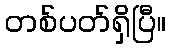
တစ်ပတ်ရှိပြီ။